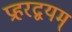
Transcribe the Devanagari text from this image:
प्रहरद्वयम्